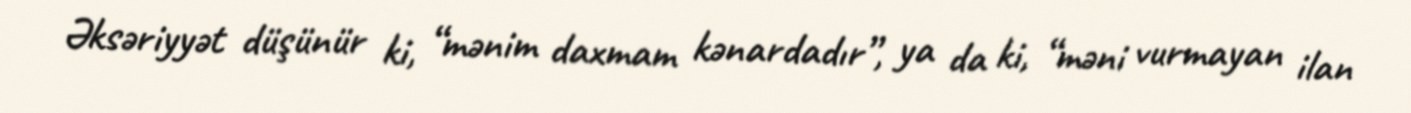
Əksəriyyət düşünür ki, “mənim daxmam kənardadır”, ya da ki, “məni vurmayan ilan